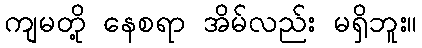
ကျမတို့ နေစရာ အိမ်လည်း မရှိဘူး။